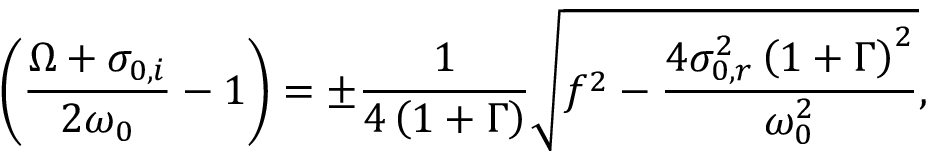
\left( \frac { \Omega + \sigma _ { 0 , i } } { 2 \omega _ { 0 } } - 1 \right) = \pm \frac { 1 } { 4 \left( 1 + \Gamma \right) } \sqrt { f ^ { 2 } - \frac { 4 \sigma _ { 0 , r } ^ { 2 } \left( 1 + \Gamma \right) ^ { 2 } } { \omega _ { 0 } ^ { 2 } } } ,